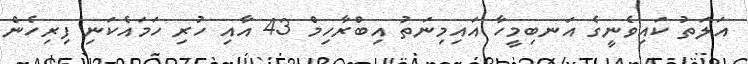
އަލަތު ކައިވެނީގެ އަނބިމީހާ އައިމިނަތު އިބްރާހިމް 43 އާއި ހުރި ހަމައެކަނި ފިރިހެން